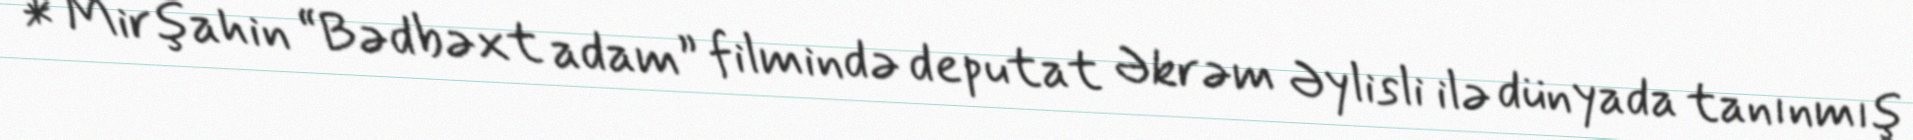
* Mirşahin “Bədbəxt adam” filmində deputat Əkrəm Əylisli ilə dünyada tanınmış